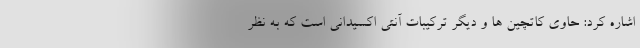
اشاره کرد: حاوی کاتچین ها و دیگر ترکیبات آنتی اکسیدانی است که به نظر